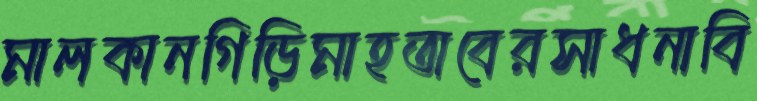
মালকানগিড়িমাহতাবেরসাধনাবি